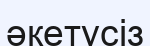
әкетусіз